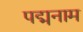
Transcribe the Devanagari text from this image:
पद्मनाम